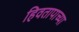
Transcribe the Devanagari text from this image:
हिवतापाच्या